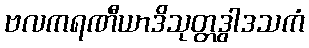
ဗလကရဏီယာဒိသုတ္တဒွါဒသကံ